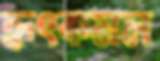
হৃৎকমল